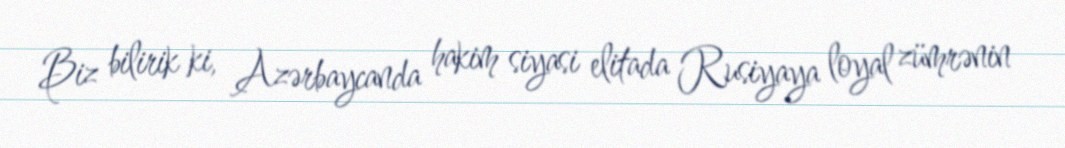
Biz bilirik ki, Azərbaycanda hakim siyasi elitada Rusiyaya loyal zümrənin